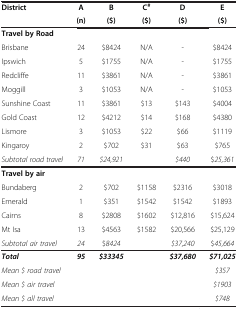
| <ROWSPAN=2> District | A | B | C# | D | E |
 | (n) | ($) | ($) | ($) | ($) |
 | --- | --- | --- | --- | --- | --- |
 | Travel by Road |  |  |  |  |  |
 | Brisbane | 24 | $8424 | N/A | - | $8424 |
 | Ipswich | 5 | $1755 | N/A | - | $1755 |
 | Redcliffe | 11 | $3861 | N/A | - | $3861 |
 | Moggill | 3 | $1053 | N/A | - | $1053 |
 | Sunshine Coast | 11 | $3861 | $13 | $143 | $4004 |
 | Gold Coast | 12 | $4212 | $14 | $168 | $4380 |
 | Lismore | 3 | $1053 | $22 | $66 | $1119 |
 | Kingaroy | 2 | $702 | $31 | $63 | $765 |
 | Subtotal road travel | 71 | $24,921 |  | $440 | $25,361 |
 | Travel by air |  |  |  |  |  |
 | Bundaberg | 2 | $702 | $1158 | $2316 | $3018 |
 | Emerald | 1 | $351 | $1542 | $1542 | $1893 |
 | Cairns | 8 | $2808 | $1602 | $12,816 | $15,624 |
 | Mt Isa | 13 | $4563 | $1582 | $20,566 | $25,129 |
 | Subtotal air travel | 24 | $8424 |  | $37,240 | $45,664 |
 | Total | 95 | $33345 |  | $37,680 | $71,025 |
 | Mean $ road travel |  |  |  |  | $357 |
 | Mean $ air travel |  |  |  |  | $1903 |
 | Mean $ all travel |  |  |  |  | $748 |